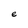
Character: e